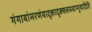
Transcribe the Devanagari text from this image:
गंगायांमरणंयादृक्तादृक्फलमवाप्नुयादिति